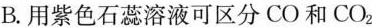
B.用紫色石蕊溶液可区分CO和CO_{2}